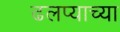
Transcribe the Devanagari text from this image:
ढलप्याच्या